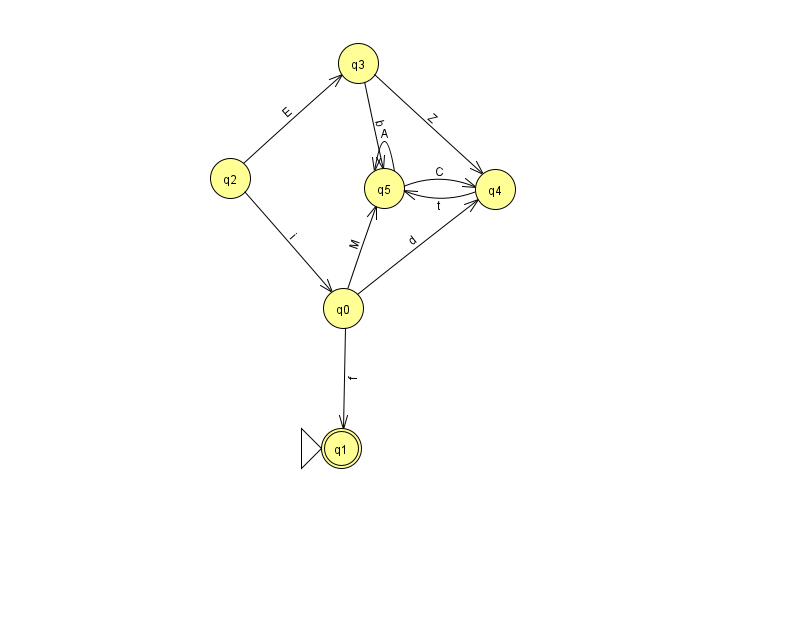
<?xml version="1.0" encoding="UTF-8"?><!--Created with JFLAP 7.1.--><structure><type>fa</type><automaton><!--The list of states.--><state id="0" name="q0"><x>343.0</x><y>295.0</y></state><state id="1" name="q1"><x>341.0</x><y>435.0</y><initial/><final/></state><state id="2" name="q2"><x>230.0</x><y>165.0</y></state><state id="3" name="q3"><x>358.0</x><y>50.0</y></state><state id="4" name="q4"><x>495.0</x><y>176.0</y></state><state id="5" name="q5"><x>384.0</x><y>175.0</y></state><!--The list of transitions.--><transition><from>2</from><to>3</to><read>E</read></transition><transition><from>5</from><to>5</to><read>A</read></transition><transition><from>0</from><to>4</to><read>d</read></transition><transition><from>0</from><to>1</to><read>f</read></transition><transition><from>0</from><to>5</to><read>M</read></transition><transition><from>3</from><to>5</to><read>b</read></transition><transition><from>4</from><to>5</to><read>t</read></transition><transition><from>2</from><to>0</to><read>i</read></transition><transition><from>3</from><to>4</to><read>Z</read></transition><transition><from>5</from><to>4</to><read>C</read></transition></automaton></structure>